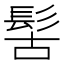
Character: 𩬩